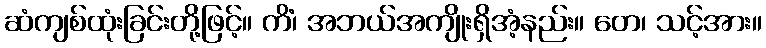
ဆံကျစ်ထုံးခြင်းတို့ဖြင့်။ ကိံ၊ အဘယ်အကျိုးရှိအံ့နည်း။ တေ၊ သင့်အား။